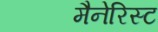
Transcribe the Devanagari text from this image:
मैनेरिस्ट